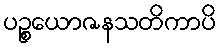
ပဉ္စယောဇနသတိကာပိ